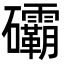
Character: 䃻